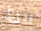
لنزع